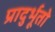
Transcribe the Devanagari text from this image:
प्रादुर्भूतो